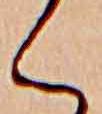
く